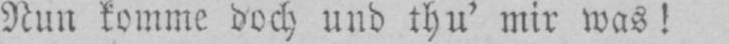
Nun komme doch und thu’ mir was!